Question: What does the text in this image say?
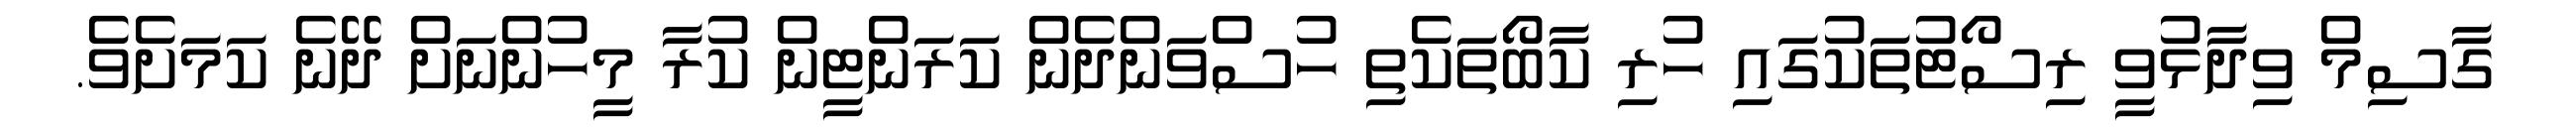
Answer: ގާސިމް ވިދާޅުވީ ރިސޯޓުތަކުގައި ހުރި ކާބޯތަކެތި ހުސްވަންދެން ކަރަންޓީން ކުރާ މީހުންނަށް ދޭނެ ކަމަށެވެ.